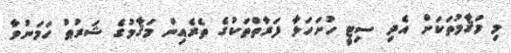
މި މަޤާމުތަކަށް އެދި ސިޓީ ހުށަހަޅާ ފަރާތްތަކުގެ ތެރެއިން މަޤާމުގެ ޝަރުޠު ހަމަނުވާ